Insane asylums in Bengal annual reports 1867-1875 - 1867-1875
Year: 1867
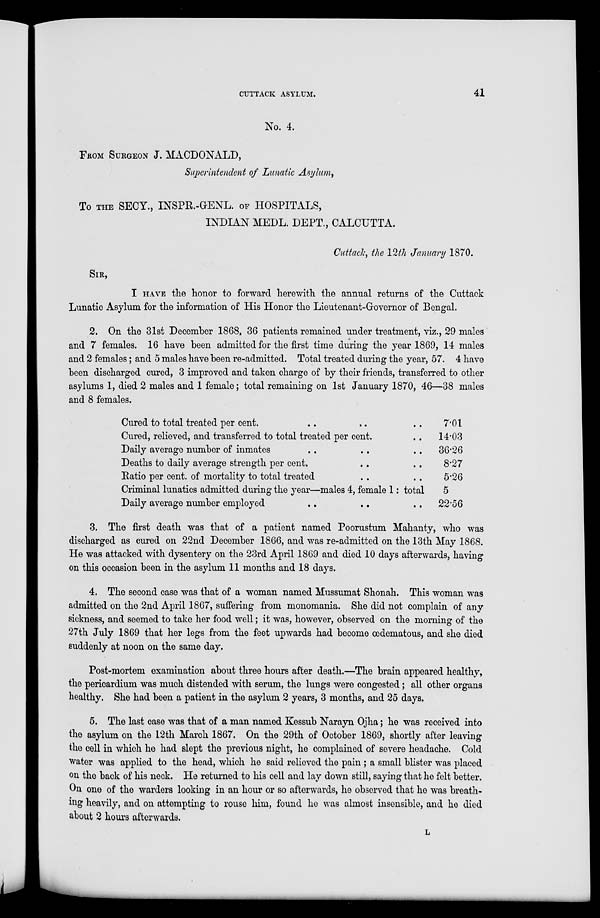
CUTTACK ASYLUM.
41
No. 4.
FROM SURGEON J. MACDONALD,
Superintendent of Lunatic Asylum,
To THE SECY., INSPR.-GENL. OF HOSPITALS,
INDIAN MEDL. DEPT., CALCUTTA.
Cuttack, the 12th January 1870.
SIR,
I HAVE the honor to forward herewith the annual returns of the Cuttack
Lunatic Asylum for the information of His Honor the Lieutenant-Governor of Bengal.
2. On the 31st December 1868, 36 patients remained under treatment, viz., 29 males
and 7 females. 16 have been admitted for the first time during the year 1869, 14 males
and 2 females ; and 5 males have been re-admitted. Total treated during the year, 57. 4 have
been discharged cured, 3 improved and taken charge of by their friends, transferred to other
asylums 1, died 2 males and 1 female ; total remaining on 1st January 1870, 46—38 males
and 8 females.
Cured to total treated per cent. .. .. ..
Cured, relieved, and transferred to total treated per cent. ..
Daily average number of inmates .. .. ..
Deaths to daily average strength per cent. .. ..
Ratio per cent. of mortality to total treated .. ..
Criminal lunatics admitted during the year—males 4, female 1: total
Daily average number employed .. .. ..
7.01
14.03
36.26
8.27
5.26
5
22.56
3. The first death was that of a patient named Poorustum Mahanty, who was
discharged as cured on 22nd December 1866, and was re-admitted on the 13th May 1868.
He was attacked with dysentery on the 23rd April 1869 and died 10 days afterwards, having
on this occasion been in the asylum 11 months and 18 days.
4. The second case was that of a woman named Mussumat Shonah. This woman was
admitted on the 2nd April 1867, suffering from monomania. She did not complain of any
sickness, and seemed to take her food well ; it was, however, observed on the morning of the
27th July 1869 that her legs from the feet upwards had become œdematous, and she died
suddenly at noon on the same day.
Post-mortem examination about three hours after death.—The brain appeared healthy,
the pericardium was much distended with serum, the lungs were congested ; all other organs
healthy. She had been a patient in the asylum 2 years, 3 months, and 25 days.
5. The last case was that of a man named Kessub Narayn Ojha ; he was received into
the asylum on the 12th March 1867. On the 29th of October 1869, shortly after leaving
the cell in which he had slept the previous night, he complained of severe headache. Cold
water was applied to the head, which he said relieved the pain ; a small blister was placed
on the back of his neck. He returned to his cell and lay down still, saying that he felt better.
On one of the warders looking in an hour or so afterwards, he observed that he was breath-
ing heavily, and on attempting to rouse him, found he was almost insensible, and he died
about 2 hours afterwards.
L